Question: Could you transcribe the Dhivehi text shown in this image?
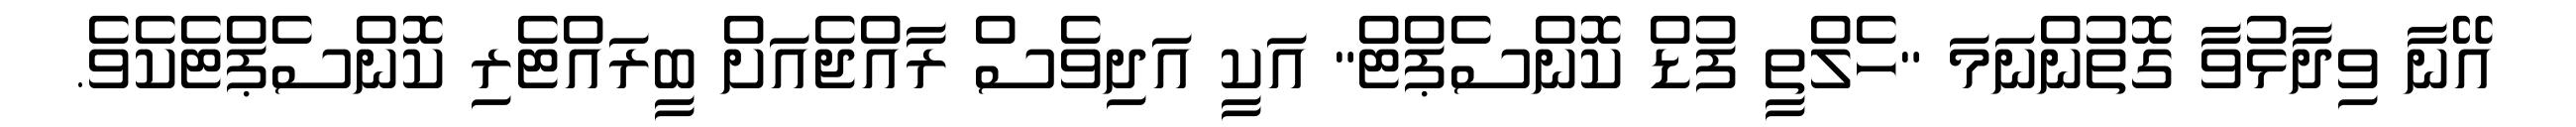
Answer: އޭނާ ވިދާޅުވާ ގޮތުންނަމަ "ހެލްތީ ފުޑް ކޮންސެޕްޓް" އަކީ އަދިވެސް ރާއްޖެއަށް ބީރައްޓެރި ކޮންސެޕްޓެކެވެ.